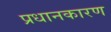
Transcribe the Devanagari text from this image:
प्रधानकारण